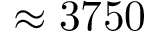
\approx 3 7 5 0